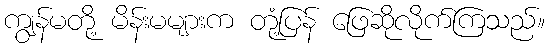
ကျွန်မတို့ မိန်းမများက တုံ့ပြန် ဖြေဆိုလိုက်ကြသည်။